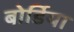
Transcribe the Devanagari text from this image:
बोर्डिया